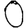
Digit: 0